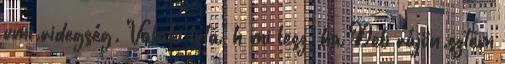
vmi.ridegség. Valaki írta, h mi lesz, ha Deb rájön.sztem